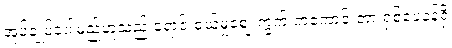
အုပ်ချုပ်ခံပါမည်ဟူသည့် ရောင်းဝယ်မှုဈေးကွက် ကံကောင်းတာ ရှစ်ပေခန့်ရှိ